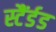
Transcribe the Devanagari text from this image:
स्टैंर्डड